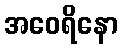
အဝေရိနော